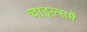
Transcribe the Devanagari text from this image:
चाइल्समें